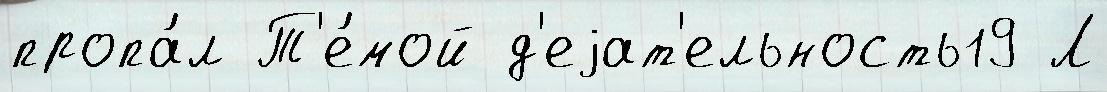
пропа́л Т'е́мой д'еjат'ельность19 Л